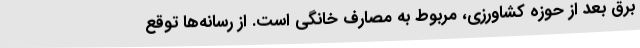
برق بعد از حوزه کشاورزی، مربوط به مصارف خانگی است. از رسانه‌ها توقع